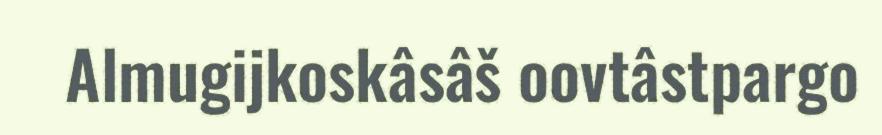
Almugijkoskâsâš oovtâstpargo